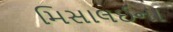
મિસાલઈના